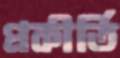
প্রকীর্তি